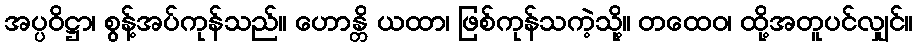
အပ္ပဝိဋ္ဌာ၊ စွန့်အပ်ကုန်သည်။ ဟောန္တိ ယထာ၊ ဖြစ်ကုန်သကဲ့သို့။ တထေဝ၊ ထို့အတူပင်လျှင်။